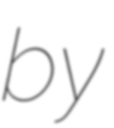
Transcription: by